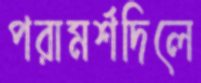
পরামর্শদিলে